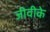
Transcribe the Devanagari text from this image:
जीवीके